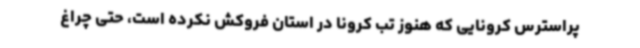
پراسترس کرونایی که هنوز تب کرونا در استان فروکش نکرده است، حتی چراغ